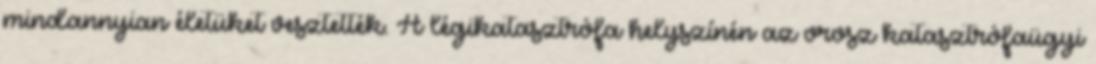
mindannyian életüket vesztették. A légikatasztrófa helyszínén az orosz katasztrófaügyi